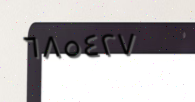
٦٨٥٤٢٧